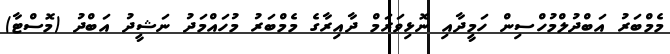
މެމްބަރު އަބްދުލްމުހްސިން ހަމީދާއި ނޮޅިވަރަމް ދާއިރާގެ މެމްބަރު މުހައްމަދު ނަޝީދު އަބްދު (މޮސްޓާ)